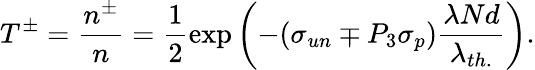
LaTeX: T^{\pm}={\frac{n^{\pm}}{n}}={\frac{1}{2}}\mathrm{exp}\left(-(\sigma_{un}\mp P_{3}\sigma_{p}){\frac{\lambda Nd}{\lambda_{th.}}}\right).